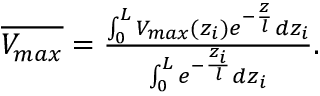
\begin{array} { r } { \overline { { V _ { m a x } } } = \frac { \int _ { 0 } ^ { L } V _ { m a x } ( z _ { i } ) e ^ { - \frac { z } { l } } d z _ { i } } { \int _ { 0 } ^ { L } e ^ { - \frac { z _ { i } } { l } } d z _ { i } } . } \end{array}